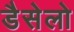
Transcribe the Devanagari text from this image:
डैसेलो